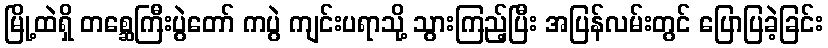
မြို့ထဲရှိ တစ္ဆေကြီးပွဲတော် ကပွဲ ကျင်းပရာသို့ သွားကြည့်ပြီး အပြန်လမ်းတွင် ပြောပြခဲ့ခြင်း